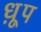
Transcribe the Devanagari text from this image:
ध़ूप